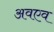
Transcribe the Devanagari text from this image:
अवएव